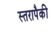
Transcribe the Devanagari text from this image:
स्तरापैकी